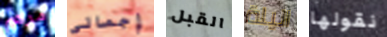
مرهم إجمالي القبل اليلة نقولها